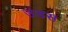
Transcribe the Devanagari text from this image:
उंडस